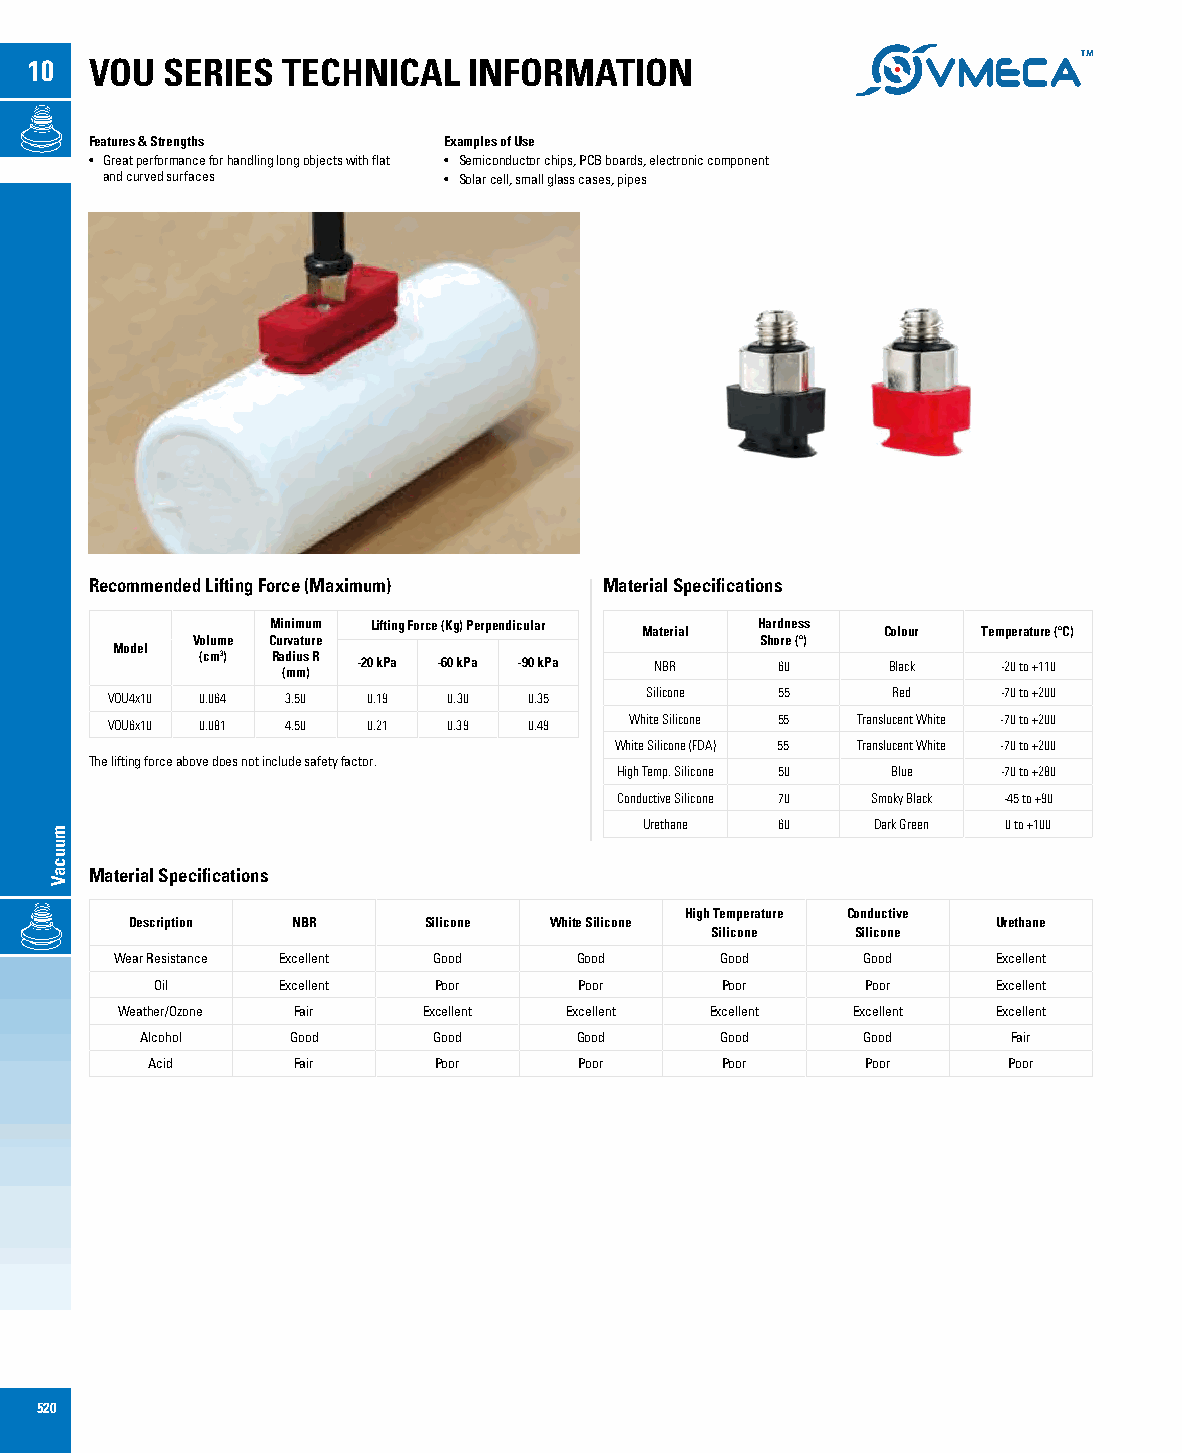
10  VOU  SERIES  TECHNICAL   INFORMATION
 Features & Strengths   Examples of Use
 • Great performance for handling long objects with flat • Semiconductor chips, PCB boards, electronic component
 and curved surfaces   • Solar cell, small glass cases, pipes
 Recommended Lifting Force (Maximum) Material Specifications
 Minimum Lifting Force (Kg) Perpendicular Hardness
 Material        Colour Temperature (ºC)
 Volume Curvature                     Shore (º)
 Model
 (cm3) Radius R
 (mm) -20 kPa -60 kPa -90 kPa NBR 60     Black  -20 to +110
 VOU4x10 0.064 3.50 0.19 0.30 0.35   Silicone 55     Red    -70 to +200
 VOU6x10 0.081 4.50 0.21 0.39 0.49  White Silicone 55 Translucent White -70 to +200
 White Silicone (FDA) 55 Translucent White -70 to +200
 The lifting force above does not include safety factor.
 High Temp. Silicone 50 Blue -70 to +280
 Conductive Silicone 70 Smoky Black -45 to +90
 Urethane 60    Dark Green 0 to +100
 Material Specifications
 High Temperature Conductive
 Description NBR    Silicone White Silicone               Urethane
 Silicone  Silicone
 Wear Resistance Excellent Good Good     Good     Good     Excellent
 Oil     Excellent  Poor     Poor      Poor     Poor     Excellent
 Weather/Ozone Fair  Excellent Excellent Excellent Excellent Excellent
 Alcohol   Good      Good     Good      Good     Good      Fair
 Acid     Fair      Poor     Poor      Poor     Poor      Poor
 520
 muucaV